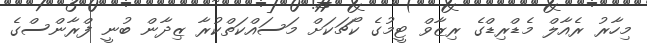
މިހާރު ރެއާލް މެޑްރިޑްގެ ރިޒާވް ޓީމުގެ ކޯޗަކަށް މަސައްކަތްކުރާ ޒިދާން ބުނީ ފްރާންސްގެ